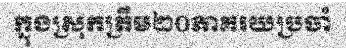
ក្នុងស្រុកត្រឹម២០ភាគរយប្រចាំ